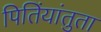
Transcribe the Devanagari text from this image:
पितिंयांतुता